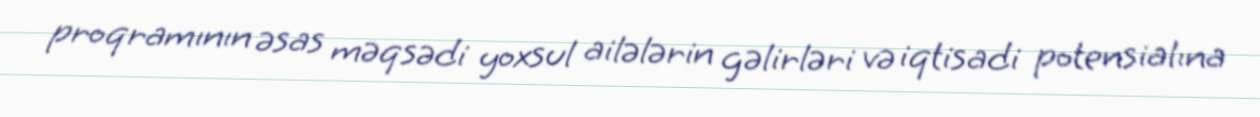
proqramının əsas məqsədi yoxsul ailələrin gəlirləri və iqtisadi potensialına